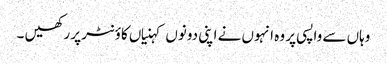
وہاں سے واپسی پر وہ انہوں نے اپنی دونوں کہنیاں کاؤنٹر پر رکھیں ۔